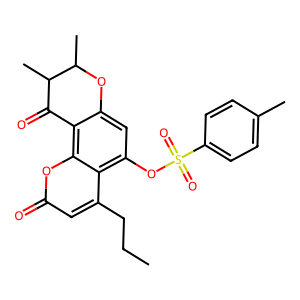
SMILES: CCCc1cc(=O)oc2c3c(cc(OS(=O)(=O)c4ccc(C)cc4)c12)OC(C)C(C)C3=O
Inhibits HIV replication: No